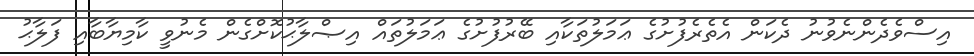
އިސްވެދެންނެވުނު ދެކަން އެތެރެފުށުގެ ޢަމަލުތަކާއި ބޭރުފުށުގެ ޢަމަލުތައް އިޞްލާޙުކޮށްގެން މެނުވީ ކާމިޔާބާއި ފަލާޙު